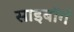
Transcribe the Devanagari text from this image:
साइबाॅर्ग